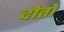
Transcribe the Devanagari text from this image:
दोतों